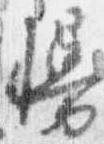
幔